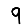
Digit: 9